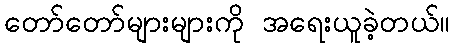
တော်တော်များများကို အရေးယူခဲ့တယ်။